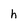
Character: h